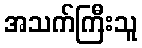
အသက်ကြီးသူ